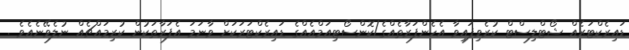
ޑައިރެކްޓަރެއް ޝޯޓްލިސްޓް ކުރެވިފައިވާ އެހެންފަރާތެއްގެ/ކޮންސޯޓިއަމްއެއްގެ ޑައިރެކްޓަރަކަށް ވާނަމަ އެފަރާތަކުން ކުރިމައްޗެއް ނުލެވޭނެއެވެ .